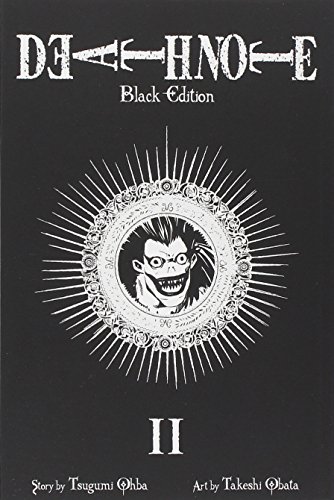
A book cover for Death Note Black Edition, Vol. 2; Tsugumi Ohba; Comics & Graphic Novels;